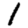
Digit: 1